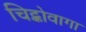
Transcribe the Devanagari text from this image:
चिट्कोवागा